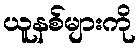
ယူနစ်များကို